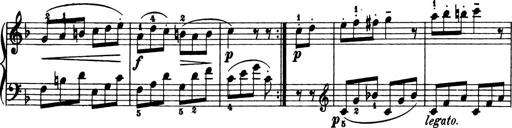
Title: 11 Sonatinas for Piano Solo
Composer: Anton Diabelli